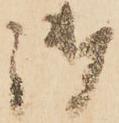
御